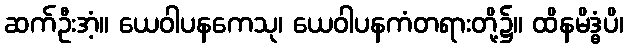
ဆက်ဦးအံ့။ ယေဝါပနကေသု၊ ယေဝါပနကံတရားတို့၌။ ထိနမိဒ္ဓံပိ၊